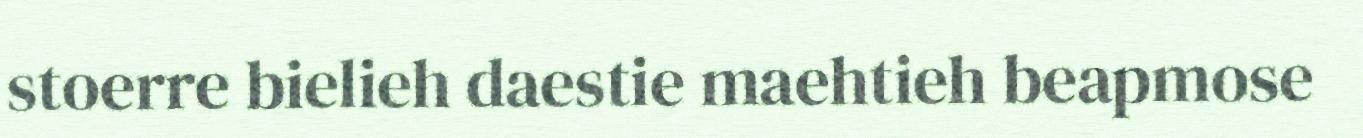
stoerre bielieh daestie maehtieh beapmose